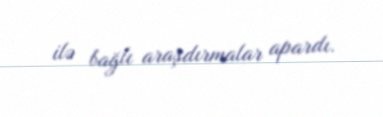
ilə bağlı araşdırmalar apardı.